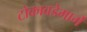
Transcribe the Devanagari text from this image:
टोकावडेमार्गे